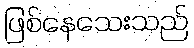
ဖြစ်နေသေးသည်